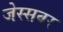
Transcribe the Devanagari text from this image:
जेस्सवर